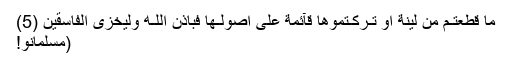
مَا قَطَعْتُـمْ مِّنْ لِّيْنَةٍ اَوْ تَـرَكْـتُمُوْهَا قَآئِمَةً عَلٰٓى اُصُوْلِـهَا فَبِاِذْنِ اللّـٰهِ وَلِيُخْزِىَ الْفَاسِقِيْنَ (5)
(مسلمانو!